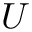
U